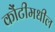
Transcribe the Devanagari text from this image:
कौंटीमधील